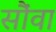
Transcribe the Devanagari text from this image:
सौंवा